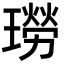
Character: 𤩂